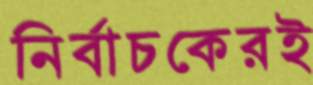
নির্বাচকেরই